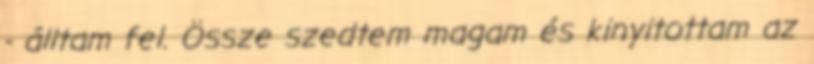
- álltam fel. Össze szedtem magam és kinyitottam az